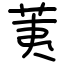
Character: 荑